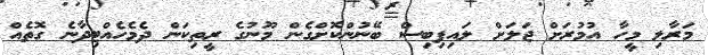
މަރާލި މީހާ އުމުރަށް ޖަލަށް ލައިފިބިސް ބޭނުންކޮށްގެން މޫނުގެ ރީތިކަން ދެމެހެއްޓިދާނެ ގޮތެއް